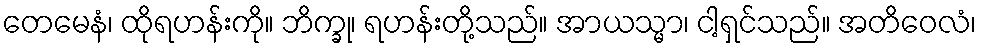
တေမေနံ၊ ထိုရဟန်းကို။ ဘိက္ခု၊ ရဟန်းတို့သည်။ အာယသ္မာ၊ ငါ့ရှင်သည်။ အတိဝေလံ၊